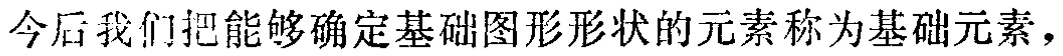
今后我们把能够确定基础图形形状的元素称为基础元素，